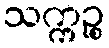
သက္ကဉ္စ